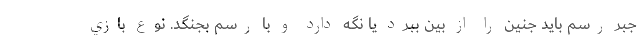
جبر رسم بايد جنين را از بين ببرد يا نگه دارد و با رسم بجنگد. نوع بازي